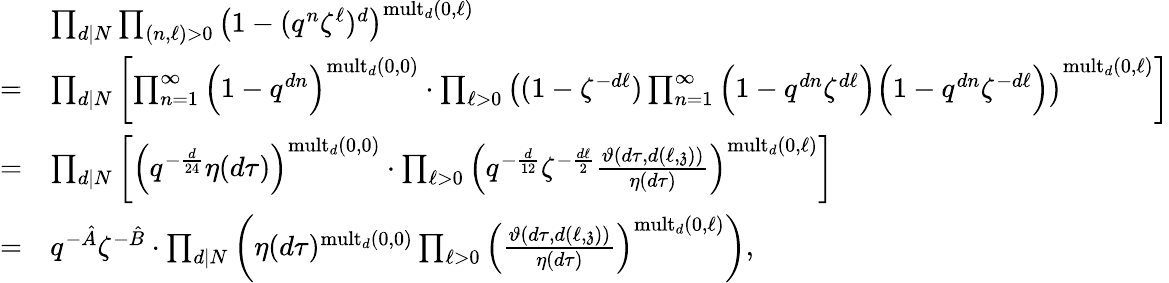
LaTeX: \begin{array}{rl}&{\prod_{d|N}\prod_{(n,\ell)>0}\left(1-(q^{n}\zeta^{\ell})^{d}\right)^{\mathrm{mult}_{d}(0,\ell)}}\\ {=}&{\prod_{d|N}\left[\prod_{n=1}^{\infty}\Big(1-q^{dn}\Big)^{\mathrm{mult}_{d}(0,0)}\cdot\prod_{\ell>0}\left((1-\zeta^{-d\ell})\prod_{n=1}^{\infty}\Big(1-q^{dn}\zeta^{d\ell}\Big)\Big(1-q^{dn}\zeta^{-d\ell}\Big)\right)^{\mathrm{mult}_{d}(0,\ell)}\right]}\\ {=}&{\prod_{d|N}\left[\Big(q^{-\frac{d}{24}}\eta(d\tau)\Big)^{\mathrm{mult}_{d}(0,0)}\cdot\prod_{\ell>0}\left(q^{-\frac{d}{12}}\zeta^{-\frac{d\ell}{2}}\frac{\vartheta(d\tau,d(\ell,\mathfrak{z}))}{\eta(d\tau)}\right)^{\mathrm{mult}_{d}(0,\ell)}\right]}\\ {=}&{q^{-\hat{A}}\zeta^{-\hat{B}}\cdot\prod_{d|N}\left(\eta(d\tau)^{\mathrm{mult}_{d}(0,0)}\prod_{\ell>0}\left(\frac{\vartheta(d\tau,d(\ell,\mathfrak{z}))}{\eta(d\tau)}\right)^{\mathrm{mult}_{d}(0,\ell)}\right),}\end{array}